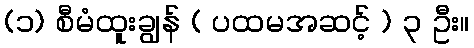
(၁) စီမံထူးချွန် ( ပထမအဆင့် ) ၃ ဦး။